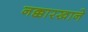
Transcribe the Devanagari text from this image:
नक्कारखाने